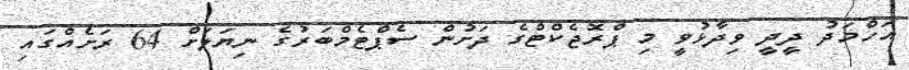
އަހްމަދު ދީދީ ވިދާޅުވީ މި ޕްރޮޖެކްޓްގެ ދަށުން ސެޕްޓެމްބަރުގެ ނިޔަލަށް 64 ރަށެއްގައި